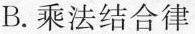
B.乘法结合律